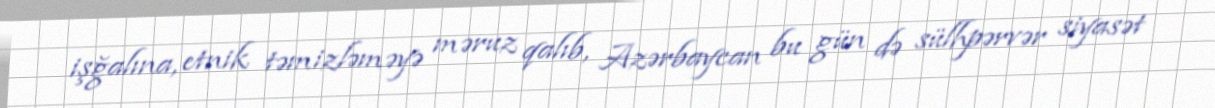
işğalına, etnik təmizləməyə məruz qalıb, Azərbaycan bu gün də sülhpərvər siyasət